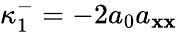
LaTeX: \kappa_{1}^{-}=-2a_{0}a_{\mathbf{x}\mathbf{x}}